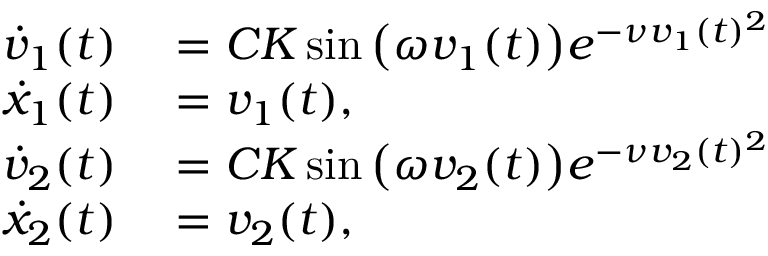
\begin{array} { r l } { \dot { v } _ { 1 } ( t ) } & { { } = C K \sin \big ( \omega { v } _ { 1 } ( t ) \big ) e ^ { - \nu { v } _ { 1 } ( t ) ^ { 2 } } } \\ { \dot { x } _ { 1 } ( t ) } & { { } = v _ { 1 } ( t ) , } \\ { \dot { v } _ { 2 } ( t ) } & { { } = C K \sin \big ( \omega { v } _ { 2 } ( t ) \big ) e ^ { - \nu { v } _ { 2 } ( t ) ^ { 2 } } } \\ { \dot { x } _ { 2 } ( t ) } & { { } = v _ { 2 } ( t ) , } \end{array}